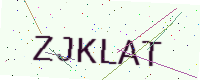
Text: ZJKLAT